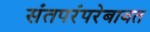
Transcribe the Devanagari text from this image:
संतपरंपरेबाबत